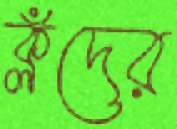
ক্লঁদের